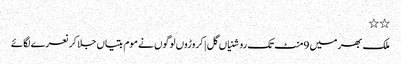
٭٭
ملک بھر میں 9منٹ تک روشنیاں گل | کروڑوں لوگوں نے موم بتیاں جلا کر نعرے لگائے